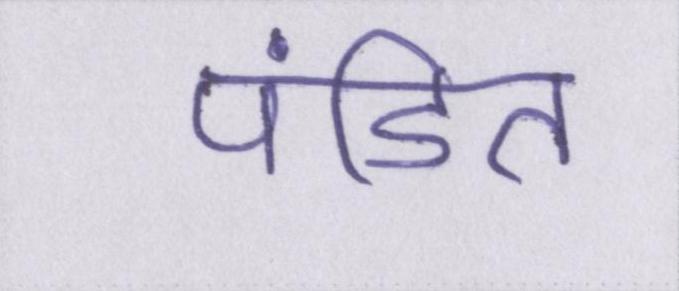
पंडित